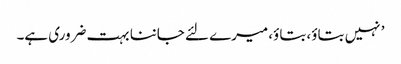
’ نہیں بتاؤ، بتاؤ، میرے لئے جاننا بہت ضروری ہے۔